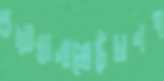
গুয়ান্তানামোচেঁচানপ